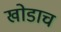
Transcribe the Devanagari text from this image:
खोडाच